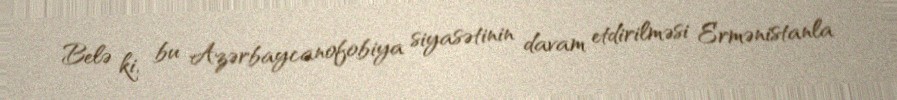
Belə ki, bu Azərbaycanofobiya siyasətinin davam etdirilməsi Ermənistanla